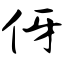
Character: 伢